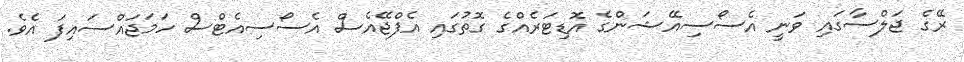
ރޭގެ ޖަލްސާގައި ވަނީ އެސޯސިއޭޝަންގެ އޮޑިޓަރެއްގެ ގޮތުގައި އެފްޖޭއެސް އެސޯސިއެޓްސް ހަމަޖައްސައިފަ އެެވެ.